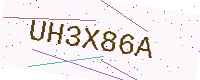
Text: UH3X86A